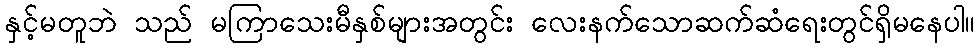
နှင့်မတူဘဲ သည် မကြာသေးမီနှစ်များအတွင်း လေးနက်သောဆက်ဆံရေးတွင်ရှိမနေပါ။